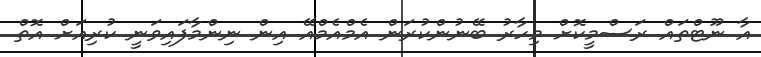
އާ ނޫޓްތައް ރަސްމީކޮށް މިހާރު ބޭނުންކުރަން އެމްއެމްއޭ އިން ނިންމާފައިވަނީ ކުރިއަށް އޮތް